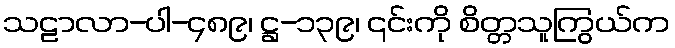
သဠာလာ-ပါ-၄၈၉၊ ဋ္ဌ-၁၃၉၊ ၎င်းကို စိတ္တသူကြွယ်က